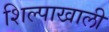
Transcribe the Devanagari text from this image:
शिल्पाखाली